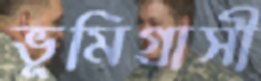
ভূমিগ্রাসী